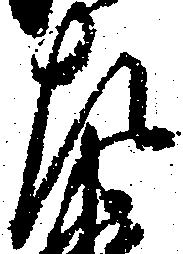
左